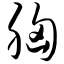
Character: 胸